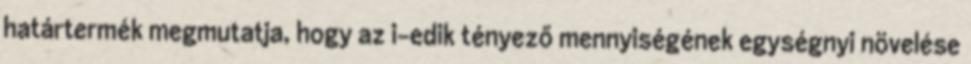
határtermék megmutatja, hogy az i-edik tényező mennyiségének egységnyi növelése